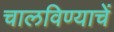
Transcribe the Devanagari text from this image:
चालविण्याचें